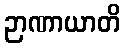
ဉာဏာယာတိ